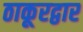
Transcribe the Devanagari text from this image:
ठाकूरद्वार